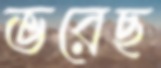
ভরেছ